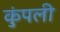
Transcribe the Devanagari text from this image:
कुंपली